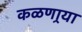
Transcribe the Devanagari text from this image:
कळणार्‍या